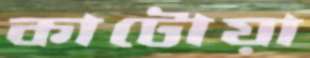
কাটোয়া